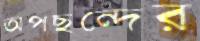
অপছন্দের